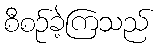
စီစဉ်ခဲ့ကြသည်